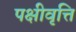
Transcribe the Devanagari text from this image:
पक्षीवृत्ति